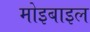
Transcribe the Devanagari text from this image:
मोइबाइल